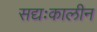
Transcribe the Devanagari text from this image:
सद्यःकालीन